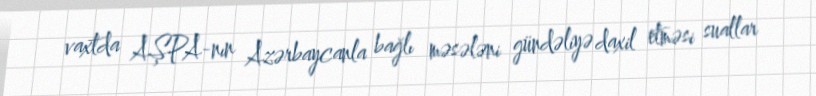
vaxtda AŞPA-nın Azərbaycanla bağlı məsələni gündəliyə daxil etməsi suallar